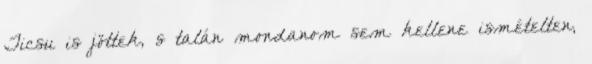
Ticsu is jöttek, s talán mondanom sem kellene ismételten,